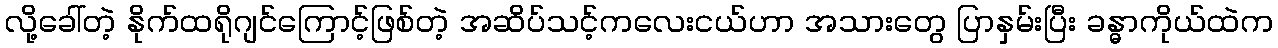
လို့ခေါ်တဲ့ နိုက်ထရိုဂျင်ကြောင့်ဖြစ်တဲ့ အဆိပ်သင့်ကလေးငယ်ဟာ အသားတွေ ပြာနှမ်းပြီး ခန္ဓာကိုယ်ထဲက